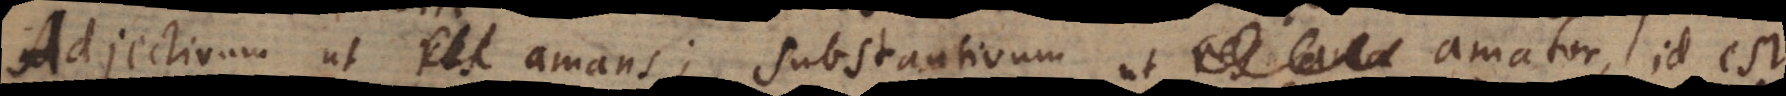
res amans; amans; Substantivum ut amator, id est